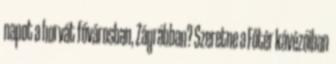
napot a horvát fővárosban, Zágrábban? Szeretne a Főtér kávézóiban